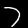
Digit: 7